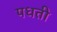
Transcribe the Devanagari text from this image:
पधती